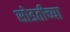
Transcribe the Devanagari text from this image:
सोडतीच्या